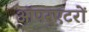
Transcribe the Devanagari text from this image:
ऑपरएटरों